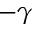
- \gamma